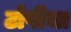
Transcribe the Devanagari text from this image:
टोपीचा